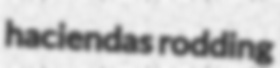
haciendas rodding